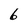
Character: b